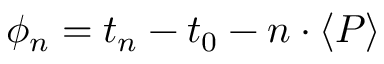
\phi _ { n } = t _ { n } - t _ { 0 } - n \cdot \langle P \rangle